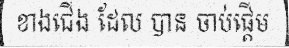
ខាងជើង ដែល បាន ចាប់ផ្តើម